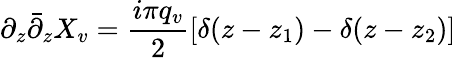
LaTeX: \partial_{z}{\bar{\partial}}_{z}X_{v}={\frac{i\pi q_{v}}{2}}[\delta(z-z_{1})-\delta(z-z_{2})]